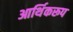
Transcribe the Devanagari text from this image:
आर्थिकरूप